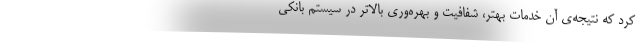
کرد که نتیجه‌ی آن خدمات بهتر، شفافیت و بهره‌وری بالاتر در سیستم بانکی